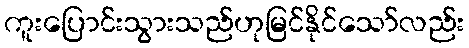
ကူးပြောင်းသွားသည်ဟုမြင်နိုင်သော်လည်း